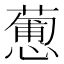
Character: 𢣋